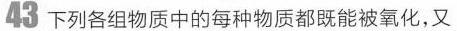
43下列各组物质中的每种物质都既能被氧化,又